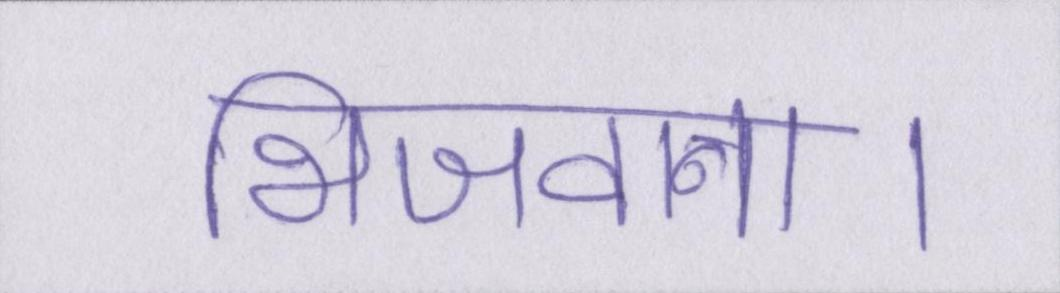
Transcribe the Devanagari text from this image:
भिजवाना।